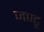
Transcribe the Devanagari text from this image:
जण्टू